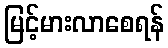
မြင့်မားလာစေရန်